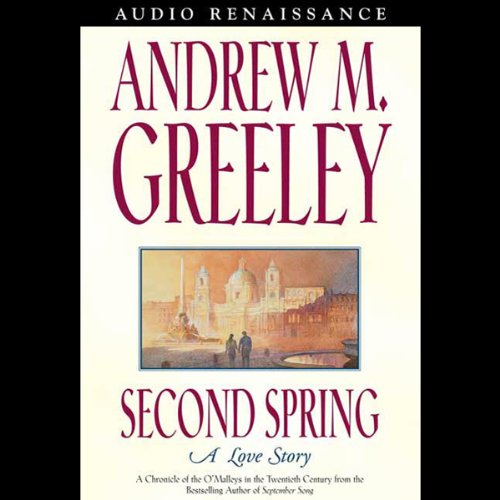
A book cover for Second Spring: A Love Story; Andrew Greeley; Travel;